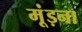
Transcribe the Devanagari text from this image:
मूंड़ना